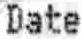
DATE